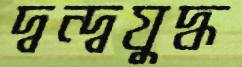
দ্বন্দ্বযুদ্ধ